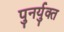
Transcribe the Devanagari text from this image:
पुनर्युक्त